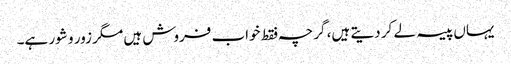
یہاں پیسہ لے کر دیتے ہیں، گرچہ فقط خواب فروش ہیں مگر زور و شور ہے۔